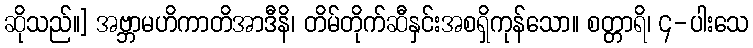
ဆိုသည်။] အဗ္ဘာမဟိကာတိအာဒီနိ၊ တိမ်တိုက်ဆီနှင်းအစရှိကုန်သော။ စတ္တာရိ၊ ၄-ပါးသေ